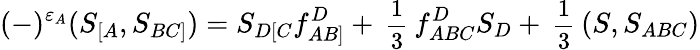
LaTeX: (-)^{\varepsilon_{A}}(S_{[A},S_{BC]})=S_{D[C}f_{AB]}^{D}+\mathrm{\small{~\frac{1}{3}~}}f_{ABC}^{D}S_{D}+\mathrm{\small{~\frac{1}{3}~}}(S,S_{ABC})